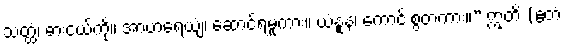
သတ္ထံ၊ ဓားငယ်ကို။ အာဟရေယျံ၊ ဆောင်ရမူကား။ ယံနူန၊ ကောင်းစွတကား။” ဣတိ (ဧတံ